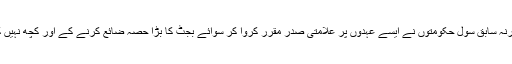
وگرنہ سابق سول حکومتوں نے ایسے عہدوں پر علامتی صدر مقرر کروا کر سوائے بجٹ کا بڑا حصہ ضائع کرنے کے اور کچھ نہیں کیا۔